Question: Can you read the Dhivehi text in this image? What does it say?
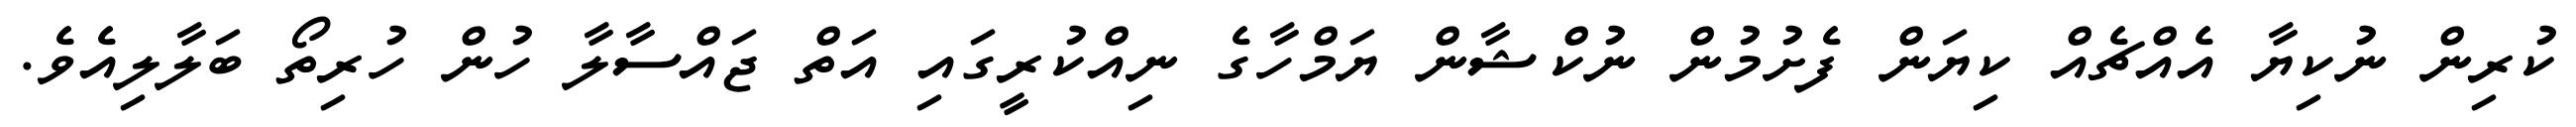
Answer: ކުރިން ނުކިޔާ އެއްޗެއް ކިޔަން ފެށުމުން ނުކްޝާން ޔަމްހާގެ ނިއްކުރީގައި އަތް ޖައްސާލާ ހުން ހުރިތޯ ބަލާލިއެވެ.